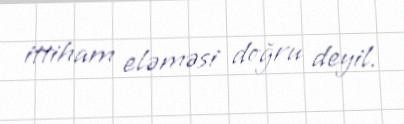
ittiham eləməsi doğru deyil.